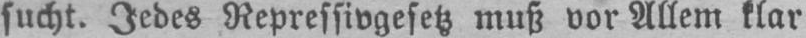
sucht. Jedes Repressivgesetz muß vor Allem klar